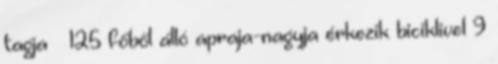
tagja – 125 főből álló apraja-nagyja érkezik biciklivel 9